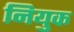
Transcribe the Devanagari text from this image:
नियुक